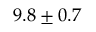
9 . 8 \pm 0 . 7